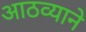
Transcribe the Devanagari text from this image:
आठव्याने